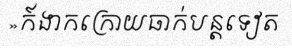
»ក៍ងាកក្រោយធាក់បន្តទៀត